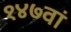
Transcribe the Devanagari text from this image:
१४७वां